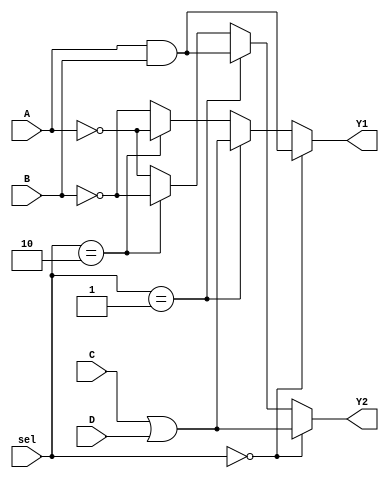
module CLB (
    input wire A,       // Input A
    input wire B,       // Input B
    input wire C,       // Input C
    input wire D,       // Input D
    input wire [1:0] sel, // Select signal for function configuration
    output wire Y1,     // Output Y1
    output wire Y2      // Output Y2
);

// Internal signals for logic operations
wire and_out;
wire or_out;
wire not_out_A;
wire not_out_B;

// Logic Elements
assign and_out = A & B;         // AND operation
assign or_out = C | D;          // OR operation
assign not_out_A = ~A;          // NOT operation on A
assign not_out_B = ~B;          // NOT operation on B

// Output Logic based on select signal
assign Y1 = (sel == 2'b00) ? and_out : // Function 0: AND
            (sel == 2'b01) ? or_out :  // Function 1: OR
            (sel == 2'b10) ? not_out_A : // Function 2: NOT A
            not_out_B;                // Function 3: NOT B

// Second output can be configured similarly
assign Y2 = (sel == 2'b00) ? or_out :  // Function 0: OR
            (sel == 2'b01) ? and_out : // Function 1: AND
            (sel == 2'b10) ? not_out_B : // Function 2: NOT B
            not_out_A;                // Function 3: NOT A

endmodule